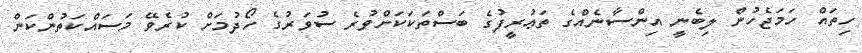
ހިތައް ހަމަޖެހުން ލިބެނީ އިންސާނެއްގެ ތަޢުރީފުގެ ބަސްތަކަކަށްވުރެ ސުވަރުގެ ހޯދުމަށް ކުރެވޭ މަސައްކަތުންކަން